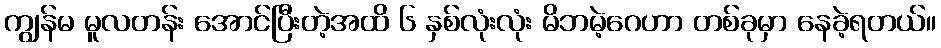
ကျွန်မ မူလတန်း အောင်ပြီးတဲ့အထိ ၆ နှစ်လုံးလုံး မိဘမဲ့ဂေဟာ တစ်ခုမှာ နေခဲ့ရတယ်။